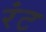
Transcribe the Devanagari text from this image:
रंट